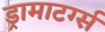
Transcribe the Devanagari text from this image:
ड्रामाटर्ग्स